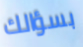
بسؤالك